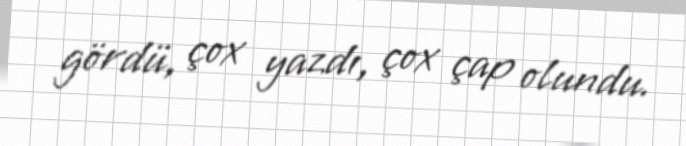
gördü, çox yazdı, çox çap olundu.